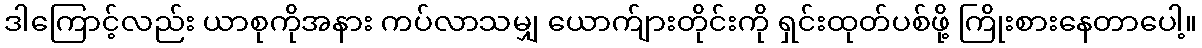
ဒါကြောင့်လည်း ယာစုကိုအနား ကပ်လာသမျှ ယောက်ျားတိုင်းကို ရှင်းထုတ်ပစ်ဖို့ ကြိုးစားနေတာပေါ့။